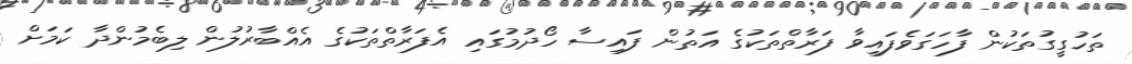
ތަހުގީގުތަކުން ފާހަގަވެފައިވާ ފަރާތްތަކުގެ އަތުން ފައިސާ ހޯދުމުގައި އެފަރާތްތަކުގެ އެއްބާރުލުން ލިބެމުންދާ ކަމަށް